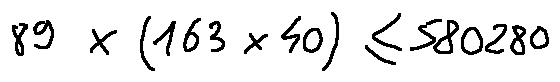
8 9 \times ( 1 6 3 \times 4 0 ) \leq 5 8 0 2 8 0